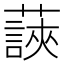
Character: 䕛